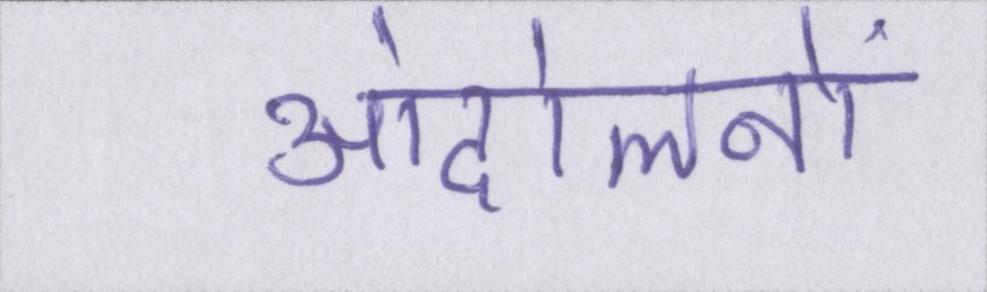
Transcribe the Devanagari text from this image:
आंदोलनों